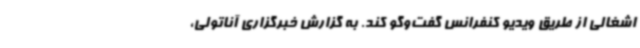
اشغالی از طریق ویدیو کنفرانس گفت‌وگو کند. به گزارش خبرگزاری آناتولی،